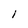
Character: l